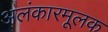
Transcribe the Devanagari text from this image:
अलंकारमूलक